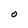
Character: O